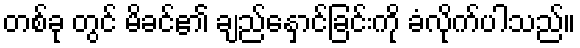
တစ်ခု တွင် မိခင်၏ ချည်နှောင်ခြင်းကို ခံလိုက်ပါသည်။